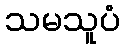
သမသူပံ